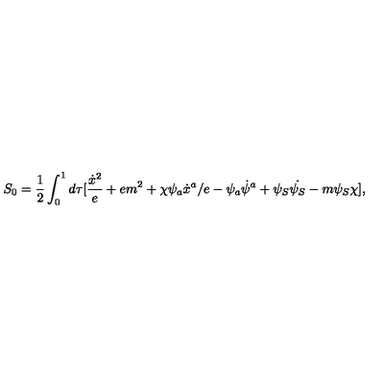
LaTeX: S _ { 0 } = \frac { 1 } { 2 } \int _ { 0 } ^ { 1 } d \tau [ \frac { \dot { x } ^ { 2 } } { e } + e m ^ { 2 } + \chi \psi _ { a } \dot { x } ^ { a } / e - \psi _ { a } \dot { \psi } ^ { a } + \psi _ { S } \dot { \psi _ { S } } - m \psi _ { S } \chi ] ,